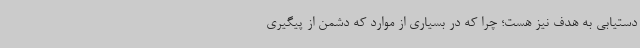
دستیابی به هدف نیز هست؛ چرا که در بسیاری از موارد که دشمن از پیگیری